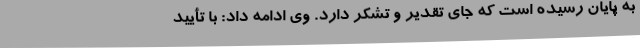
به پایان رسیده است که جای تقدیر و تشکر دارد. وی ادامه داد: با تأیید